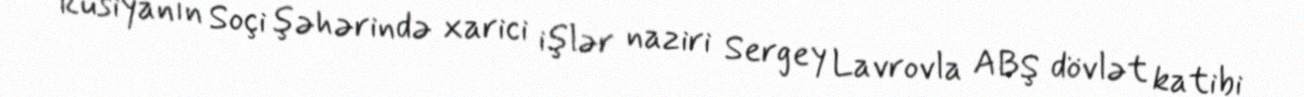
Rusiyanın Soçi şəhərində xarici işlər naziri Sergey Lavrovla ABŞ dövlət katibi